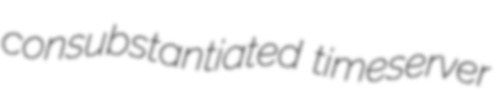
consubstantiated timeserver